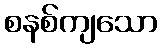
စနစ်ကျသော